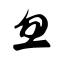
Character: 忽